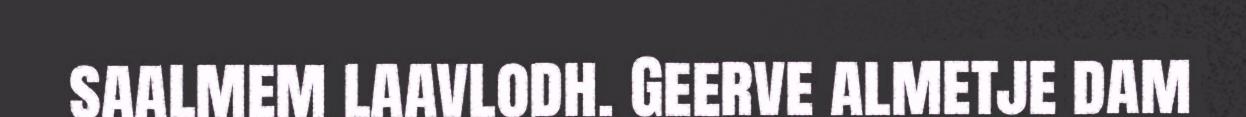
saalmem laavlodh. Geerve almetje dam